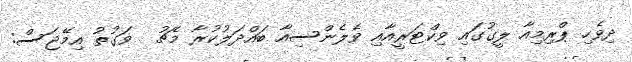
ދިވެހި ޕްރިމިއާ ލީގުގައި ވިކްޓަރީއާއި ވެލެންސިއާ ބައްދަލުކުރާ މެޗު  ވަގުތު އިމޭޖަސް: